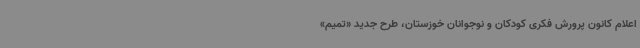
اعلام کانون پرورش فکری کودکان و نوجوانان خوزستان، طرح جدید «تمیم»